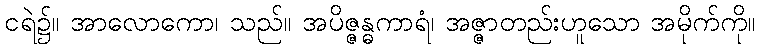
ငရဲ၌။ အာလောကော၊ သည်။ အပိဇ္ဇန္ဓကာရံ၊ အဇ္ဇာတည်းဟူသော အမိုက်ကို။